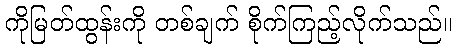
ကိုမြတ်ထွန်းကို တစ်ချက် စိုက်ကြည့်လိုက်သည်။